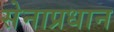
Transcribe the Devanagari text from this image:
सेनाप्रधान